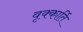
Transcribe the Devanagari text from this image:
वृक्कार्ति